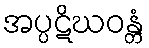
အပ္ပဋိဃဝန္တံ